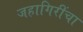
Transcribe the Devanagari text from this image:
जहागिरींचा